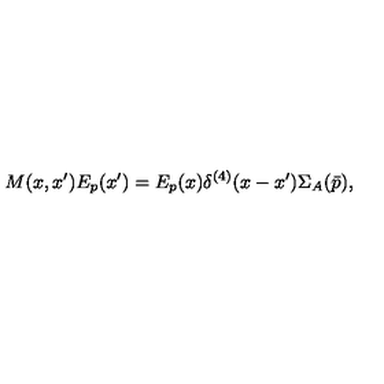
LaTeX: M ( x , x ^ { \prime } ) E _ { p } ( x ^ { \prime } ) = E _ { p } ( x ) \delta ^ { ( 4 ) } ( x - x ^ { \prime } ) { \Sigma } _ { A } ( \bar { p } ) ,